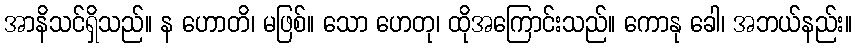
အာနိသင်ရှိသည်။ န ဟောတိ၊ မဖြစ်။ သော ဟေတု၊ ထိုအကြောင်းသည်။ ကောနု ခေါ၊ အဘယ်နည်း။